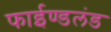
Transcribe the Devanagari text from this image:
फाईण्डलंड